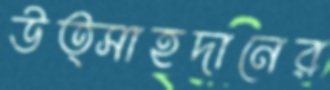
উত্সাহদানের